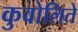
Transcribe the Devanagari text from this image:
कुवोलिते